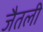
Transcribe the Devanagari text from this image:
जैतली